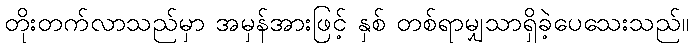
တိုးတက်လာသည်မှာ အမှန်အားဖြင့် နှစ် တစ်ရာမျှသာရှိခဲ့ပေသေးသည်။